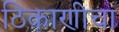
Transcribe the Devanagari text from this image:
ठिकाणीचा